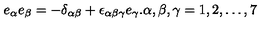
e _ { \alpha } e _ { \beta } = - \delta _ { \alpha \beta } + \epsilon _ { \alpha \beta \gamma } e _ { \gamma } . \alpha , \beta , \gamma = 1 , 2 , \ldots , 7